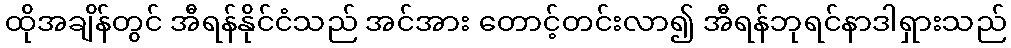
ထိုအချိန်တွင် အီရန်နိုင်ငံသည် အင်အား တောင့်တင်းလာ၍ အီရန်ဘုရင်နာဒါရှားသည်